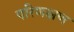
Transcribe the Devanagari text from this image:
परिणक्षण